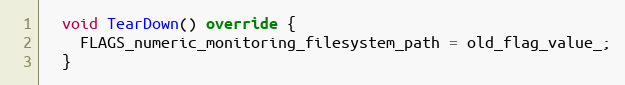
Language: C++
  void TearDown() override {
    FLAGS_numeric_monitoring_filesystem_path = old_flag_value_;
  }